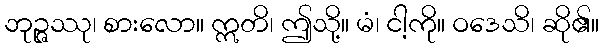
ဘုဉ္ဇဿု၊ စားလော။ ဣတိ၊ ဤသို့။ မံ၊ ငါ့ကို။ ဝဒေသိ၊ ဆို၏။